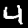
Digit: 4